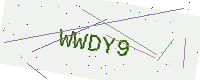
Text: WWDY9